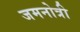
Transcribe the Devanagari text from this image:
जमनोत्री